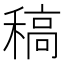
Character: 稿